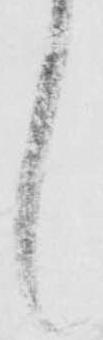
候